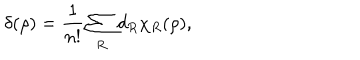
LaTeX: \delta ( \rho ) = \frac { 1 } { n ! } \sum _ { R } ^ { } d _ { R } \chi _ { R } ( \rho ) ,